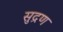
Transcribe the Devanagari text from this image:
सुद्रण